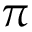
\pi